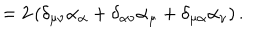
= 2 \left( \delta _ { \mu \nu } \alpha _ { \alpha } + \delta _ { \alpha \nu } \alpha _ { \mu } + \delta _ { \mu \alpha } \alpha _ { \nu } \right) .